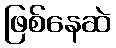
ဖြစ်နေဆဲ